Language: tamil
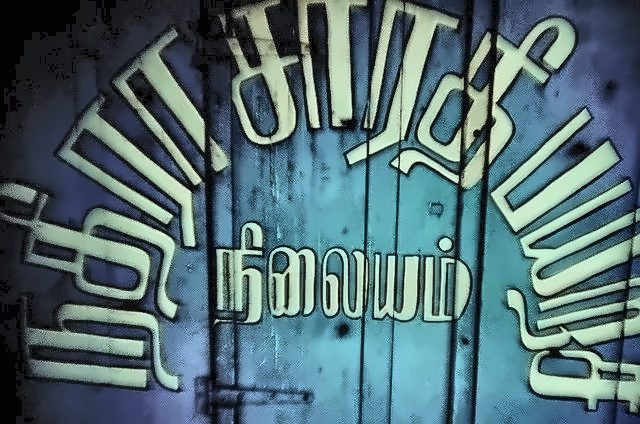
Transcription: தி ப தி ரா சார நிலையம்